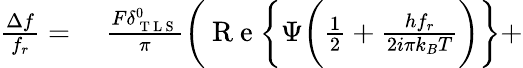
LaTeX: \begin{array}{rl}{\frac{\Delta f}{f_{r}}=}&{{}~\frac{F\delta_{\mathrm{~T~L~S~}}^{0}}{\pi}\bigg(\mathrm{~R~e~}\bigg\{ \Psi\bigg(\frac{1}{2}+\frac{hf_{r}}{2i\pi k_{B}T}\bigg)\bigg\} +}\end{array}